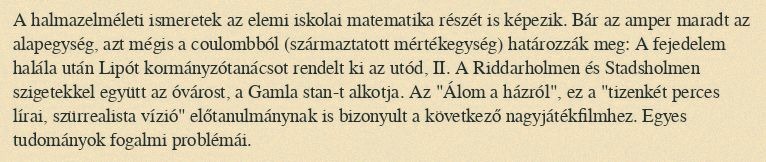
A halmazelméleti ismeretek az elemi iskolai matematika részét is képezik. Bár az amper maradt az alapegység, azt mégis a coulombból (származtatott mértékegység) határozzák meg: A fejedelem halála után Lipót kormányzótanácsot rendelt ki az utód, II. A Riddarholmen és Stadsholmen szigetekkel együtt az óvárost, a Gamla stan-t alkotja. Az "Álom a házról", ez a "tizenkét perces lírai, szürrealista vízió" előtanulmánynak is bizonyult a következő nagyjátékfilmhez. Egyes tudományok fogalmi problémái.